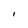
Character: 1